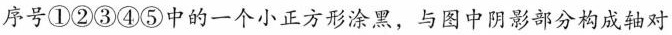
序号①②③④⑤中的一个小正方形涂黑，与图中阴影部分构成轴对